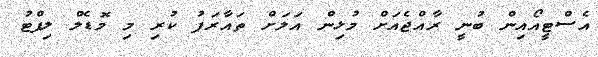
އެސްޓީއޯއިން ބުނީ ރާއްޖެއަށް މުޅިން އަލަށް ތައާރަފު ކުރި މި މޮޑެލް ލިފްޓު